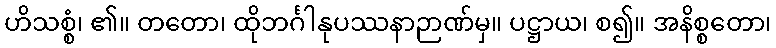
ဟိသစ္စံ၊ ၏။ တတော၊ ထိုဘင်္ဂါနုပဿနာဉာဏ်မှ။ ပဋ္ဌာယ၊ စ၍။ အနိစ္စတော၊